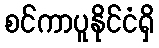
စင်ကာပူနိုင်ငံရှိ